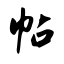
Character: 帖